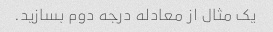
یک مثال از معادله درجه دوم بسازید.